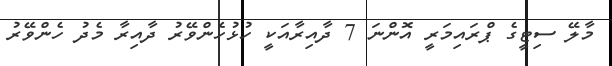
މާލޭ ސިޓީގެ ޕްރައިމަރީ އޮންނަ 7 ދާއިރާއަކީ ހުޅުހެންވޭރު ދާއިރާ މެދު ހެންވޭރު